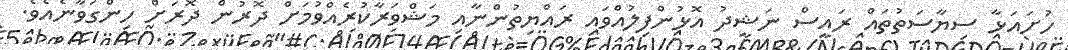
ހުށައަޅާ ސިޔާސަތުތައް ރައީސް ނަޝީދު އޮޅުންފިލުއްވައި ރައްޔިތުންނާއި މަޝްވަރާކުރެއްވުމަށް ދޮރުން ދޮރަށް ހިންގަވާނެއެވެ.